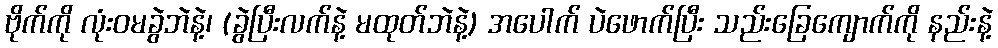
ဗိုက်ကို လုံးဝမခွဲဘဲနဲ့၊ (ခွဲပြီးလက်နဲ့ မထုတ်ဘဲနဲ့) အပေါက် ပဲဖောက်ပြီး သည်းခြေကျောက်ကို နည်းနဲ့